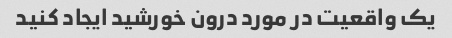
یک واقعیت در مورد درون خورشید ایجاد کنید